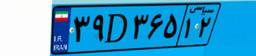
۳۹D۳۶۵۱۲